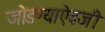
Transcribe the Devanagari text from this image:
जोडण्याऐवजी